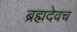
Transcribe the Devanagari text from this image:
ब्रह्मदेवच